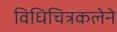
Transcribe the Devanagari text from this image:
विधिचित्रकलेने